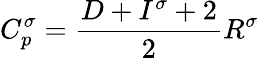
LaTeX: C_{p}^{\sigma}=\frac{D+I^{\sigma}+2}{2}R^{\sigma}